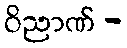
ဝိညာဏ် -